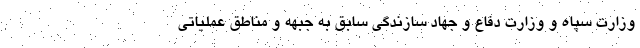
وزارت سپاه و وزارت دفاع و جهاد سازندگی سابق به جبهه و مناطق عملیاتی